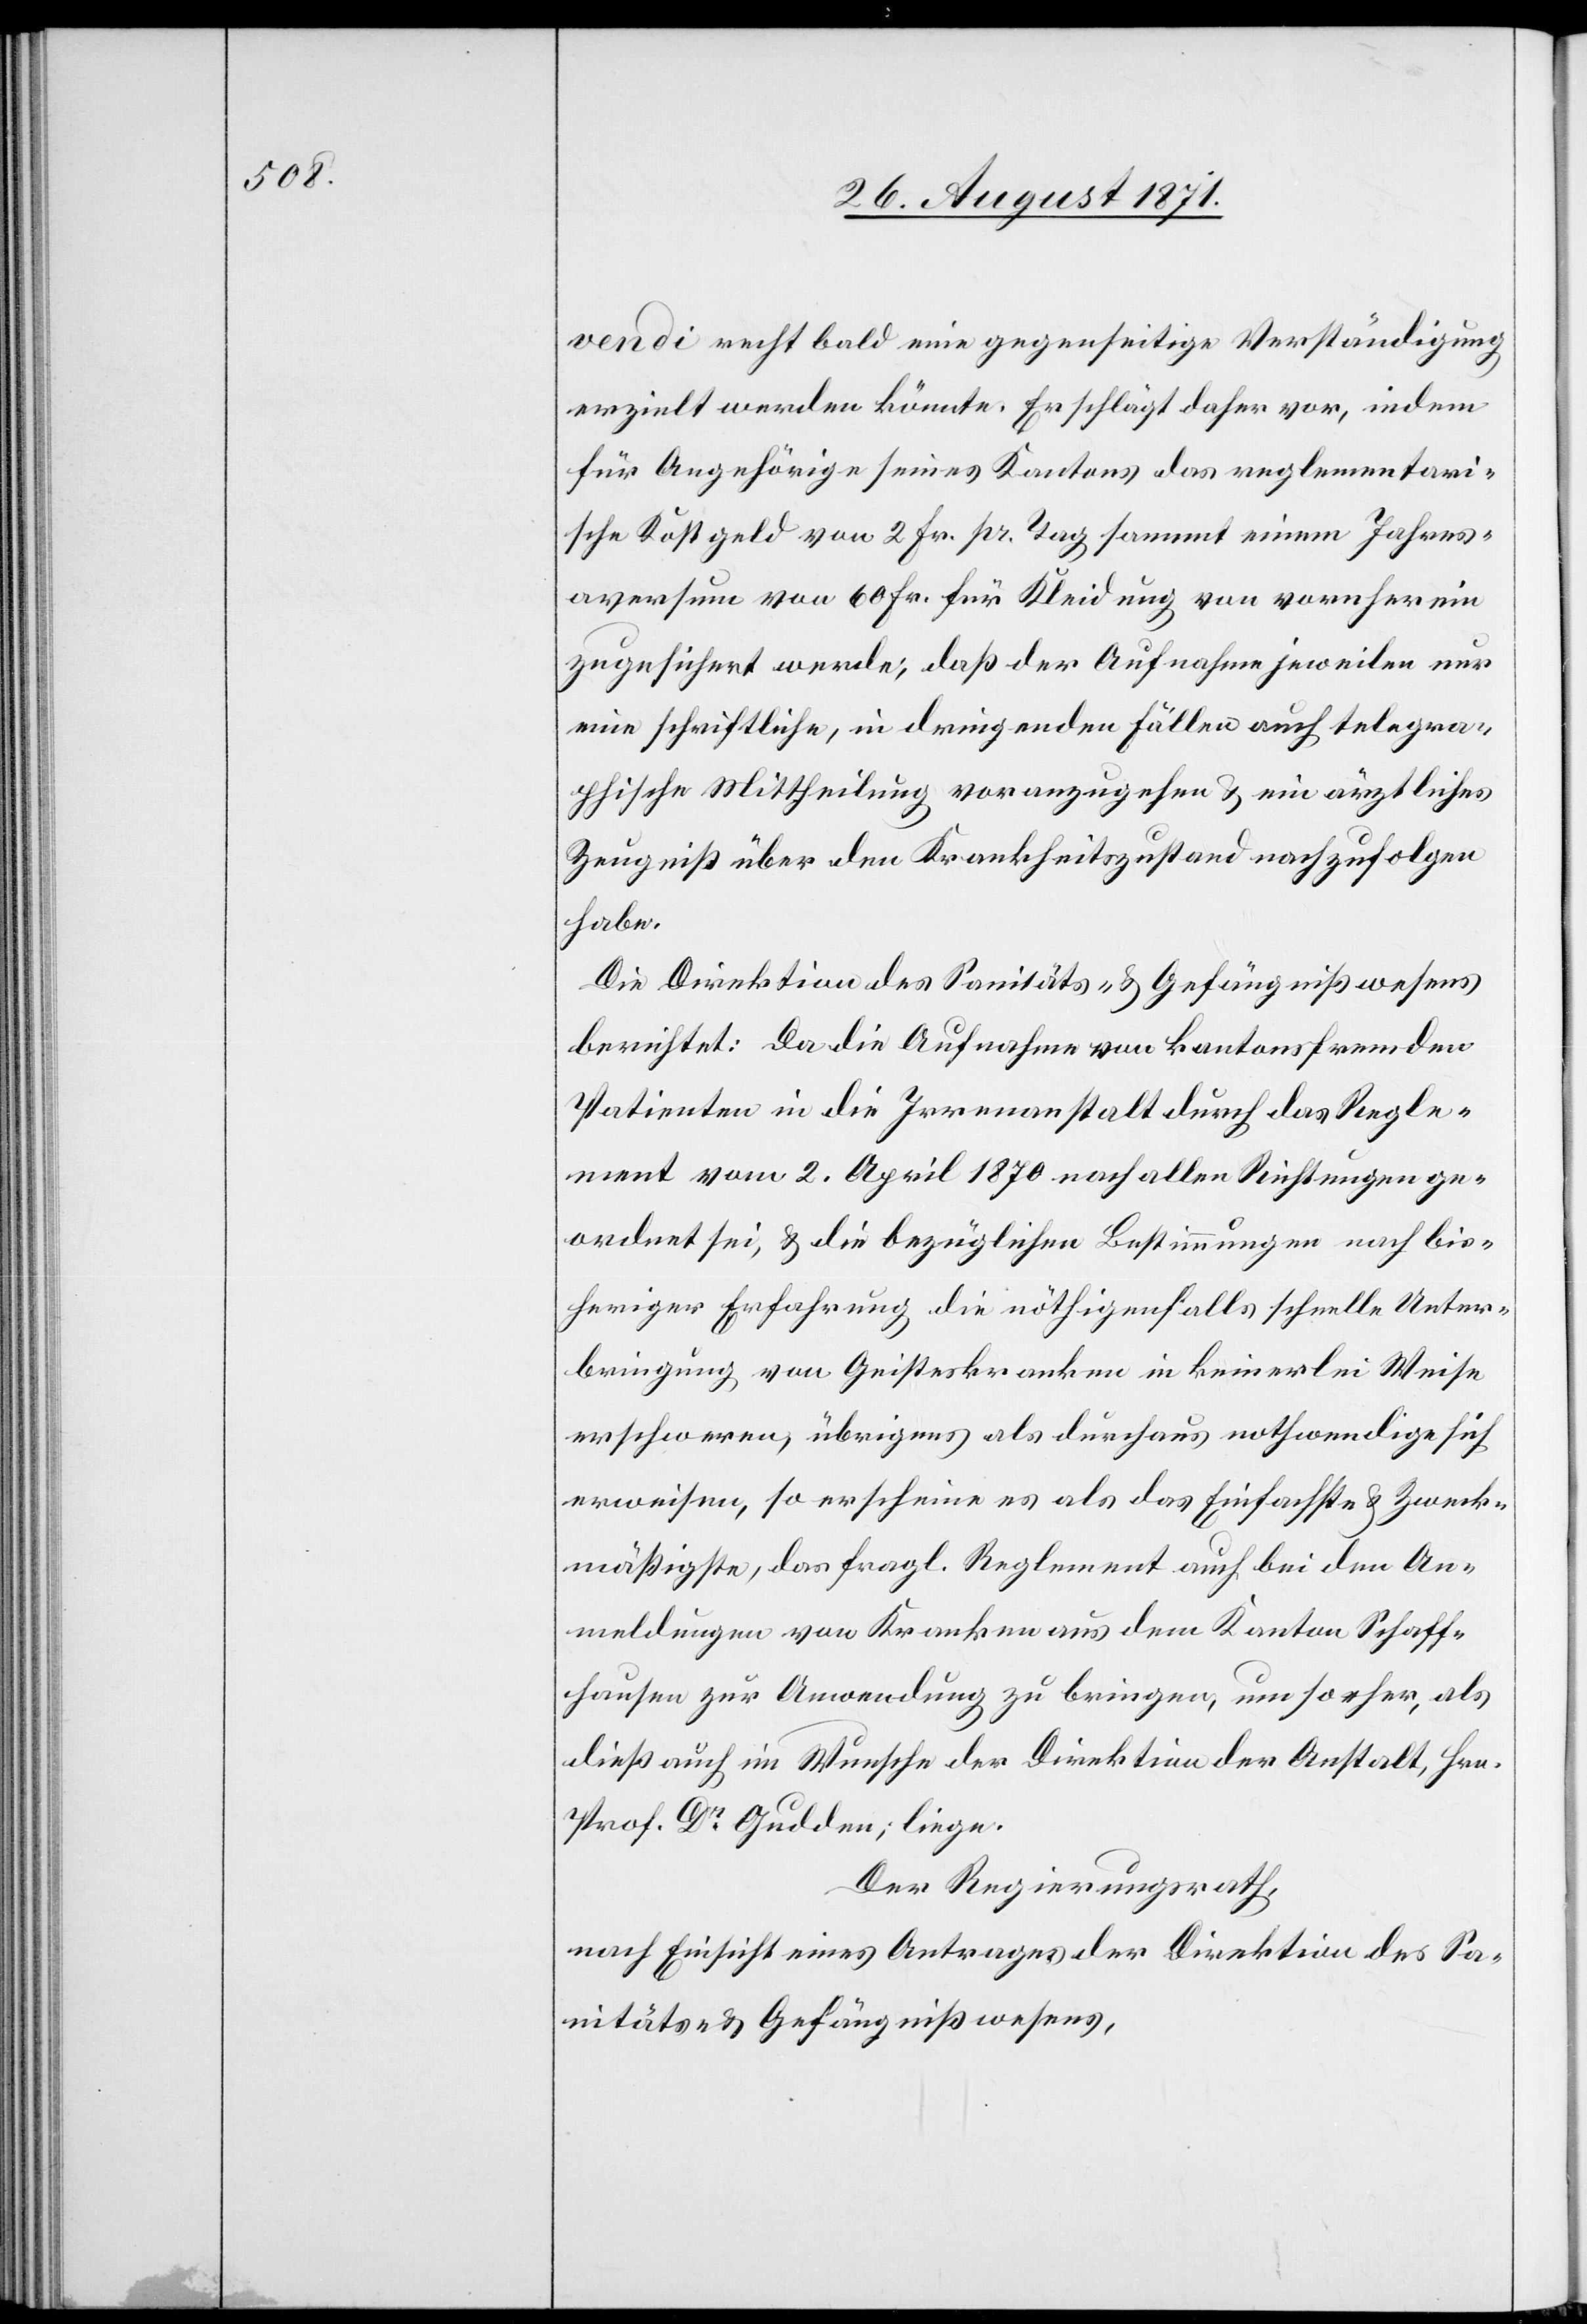
vendi recht bald eine gegenseitige Verständigung
erzielt werden könnte. Er schlägt daher vor, indem
für Angehörige seines Kantons das reglementari¬
sche Kostgeld von 2 Fr. pr. Tag sammt einem Jahres¬
aversum von 60 Fr. für Kleidung von vornherein
zugesichert werde; daß der Aufnahme jeweilen nur
eine schriftliche, in dringenden Fällen auch telegra¬
phische Mittheilung voranzugehen & ein ärztliches
Zeugniß über den Krankheitszustand nachzufolgen
habe.
Die Direktion des Sanitäts- & Gesundheitswesens
berichtet: Da die Aufnahme von kantonsfremden
Patienten in die Irrenanstalt durch das Regle¬
ment vom 2. April 1870 nach allen Richtungen ge¬
ordnet sei, & die bezüglichen Bestimmungen nach bis¬
heriger Erfahrung die nöthigenfalls schnelle Unter¬
bringung von Geisteskranken in keinerlei Weise
erschweren, übrigens als durchaus nothwendige sich
erweisen, so erscheine es als das Einfachste & Zweck¬
mäßigste, das fragl. Reglement auch bei den An¬
meldungen von Kranken aus dem Kanton Schaff¬
hausen zur Anwendung zu bringen, um so eher, als
dieß auch im Wunsche der Direktion der Anstalt, Hrn.
Prof. Dr Gulden, liege.
Der Regierungsrath,
nach Einsicht eines Antrages der Direktion des Sa¬
nitäts- & Gefängnißwesen,